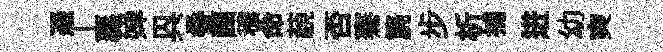
憑丄襄婵㒷叠豳穠命藐否騫篪步析捕进幼奭